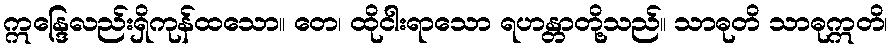
ဣန္ဒြေလည်းရှိကုန်ထသော။ တေ၊ ထိုငါးရာသော ရဟန္တာတို့သည်။ သာဓုတိ သာဓုဣတိ၊